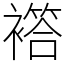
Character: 𧝡